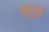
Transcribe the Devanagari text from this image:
गठत